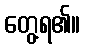
တွေ့ရ၏။